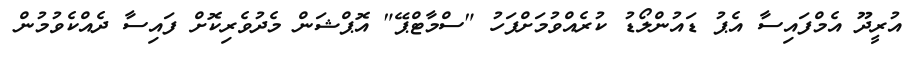
އުރީދޫ އެމްފައިސާ އެޕު ޑައުންލޯޑު ކުރެއްވުމަށްފަހު "ސްމާޓްޕޭ" އޮޕްޝަން މެދުވެރިކޮށް ފައިސާ ދެއްކެވުމުން